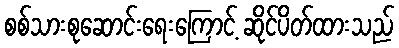
စစ်သားစုဆောင်းရေးကြောင့် ဆိုင်ပိတ်ထားသည်